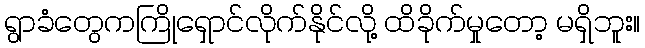
ရွာခံတွေကကြိုရှောင်လိုက်နိုင်လို့ ထိခိုက်မှုတော့ မရှိဘူး။